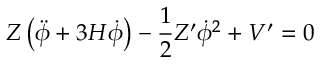
Z \left( \ddot { \phi } + 3 H \dot { \phi } \right) - \frac { 1 } { 2 } Z ^ { \prime } \dot { \phi } ^ { 2 } + V ^ { \prime } = 0